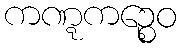
ကဏ္ဋကဉ္စေဝ